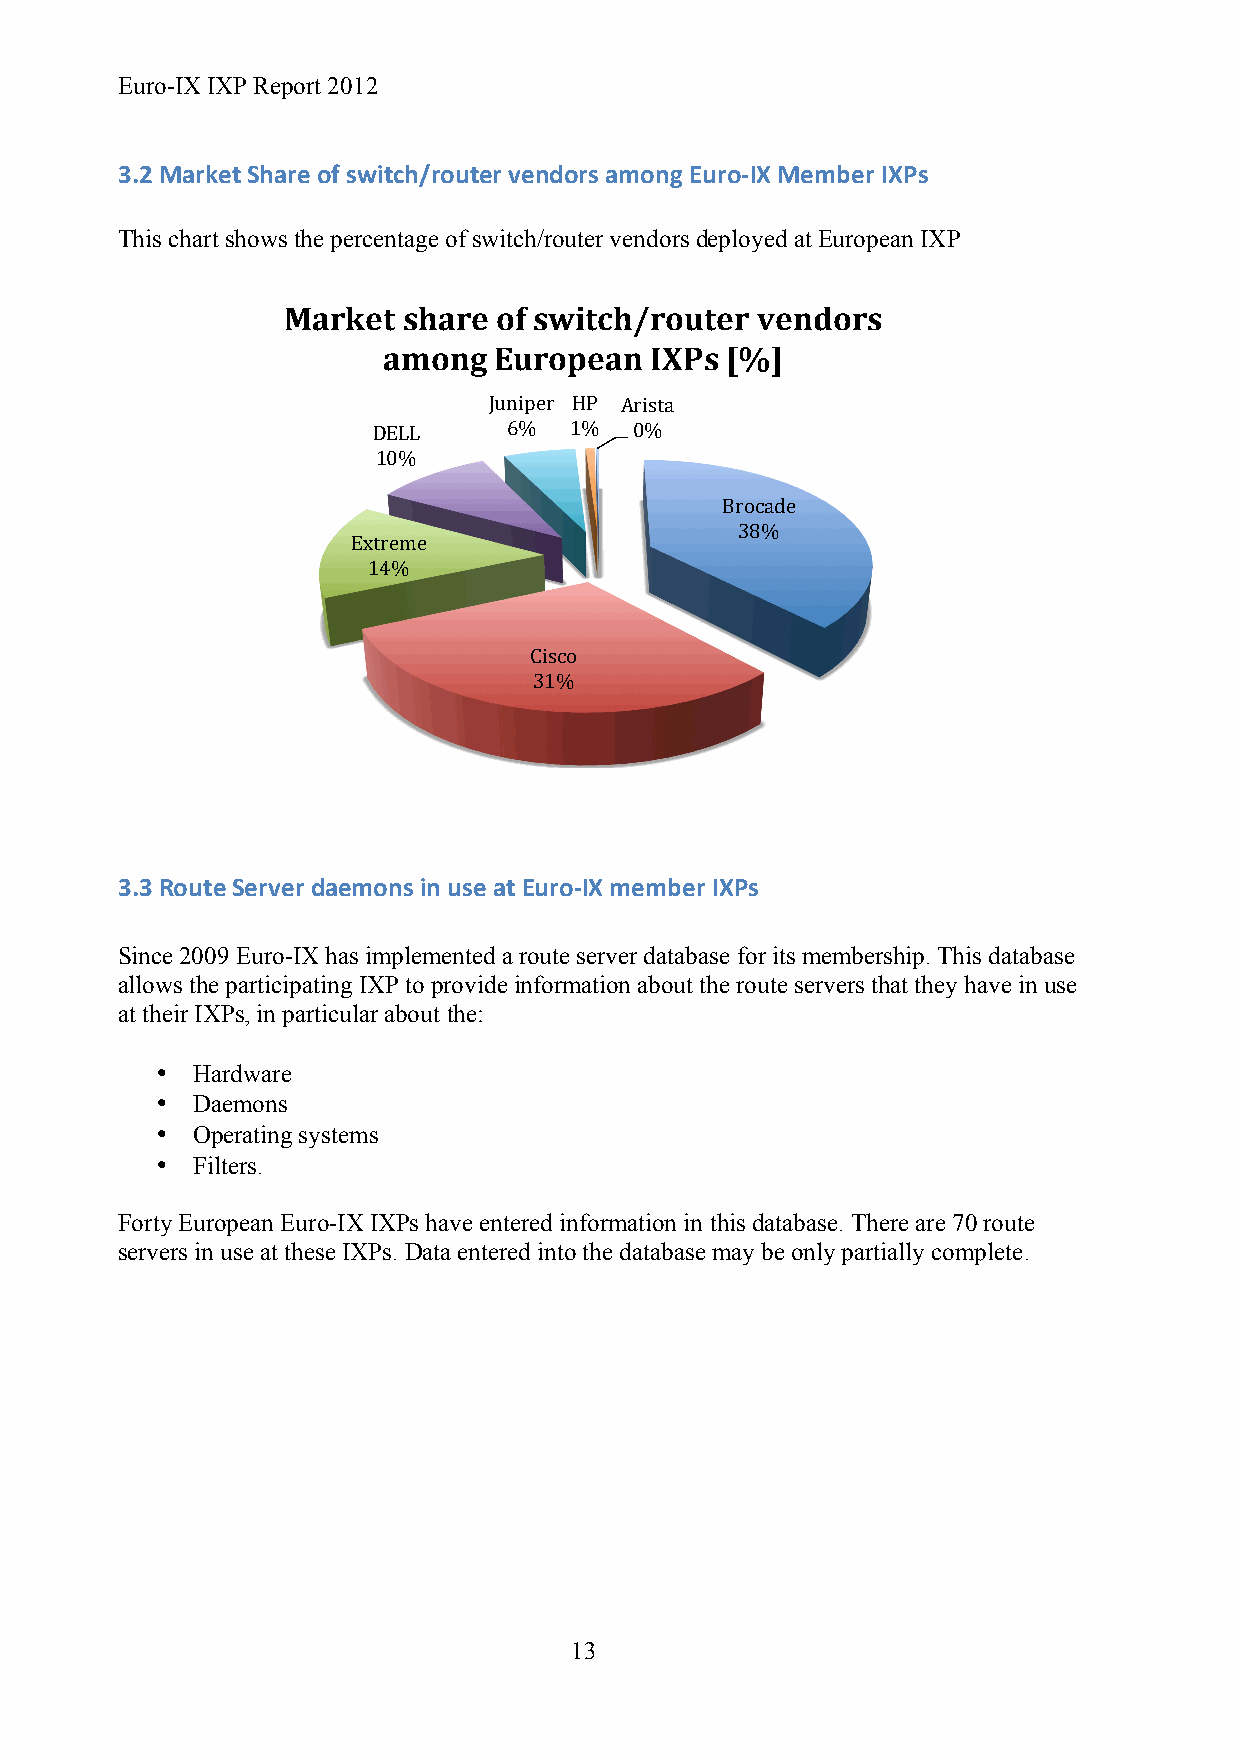
Euro-IX IXP Report 2012
 3.2 Market Share of switch/router vendors among Euro-­‐IX Member IXPs
 This chart shows the percentage of switch/router vendors deployed at European IXP
 Market  share of switch/router vendors
 among   European  IXPs [%]
 Juniper HP Arista
 DELL     6%  1%  0%
 10%
 Brocade
 38%
 Extreme
 14%
 Cisco
 31%
 3.3 Route Server daemons in use at Euro-­‐IX member IXPs
 Since 2009 Euro-IX has implemented a route server database for its membership. This database
 allows the participating IXP to provide information about the route servers that they have in use
 at their IXPs, in particular about the:
 •  Hardware
 •  Daemons
 •  Operating systems
 •  Filters.
 Forty European Euro-IX IXPs have entered information in this database. There are 70 route
 servers in use at these IXPs. Data entered into the database may be only partially complete.
 13